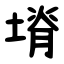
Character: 塉